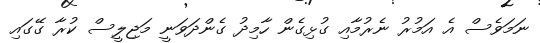
ނަމަވެސް އެ އަމުރު ނެރުމާއި ގުޅިގެން ހާމިދު ގެންދަވަނީ މަޖިލީސް ކުރާ ގޭގައި